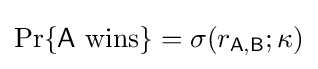
\Pr\{{\mathsf {A}}~{\textrm {wins}}\}=\sigma (r_{\mathsf {A,B}};\kappa )